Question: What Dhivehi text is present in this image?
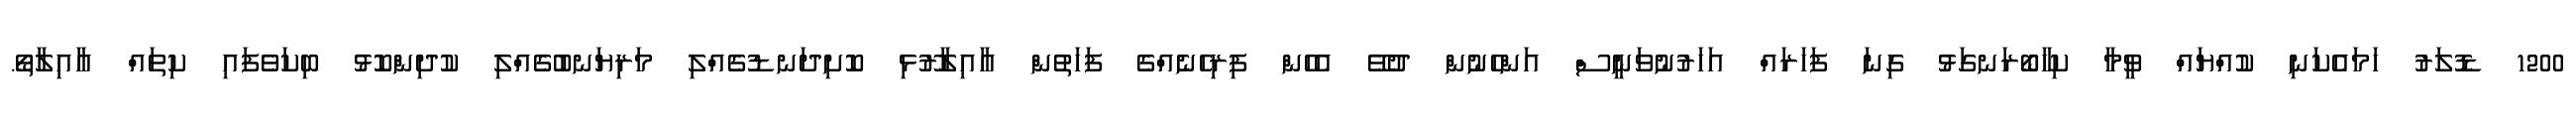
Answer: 1200 ޑޮލަރު ހަމައެކަނި ކުއްޔައް ވީމާ ކިހާބޯރަނގަޅު ގިނަ ފަހަރައް އަހަރުނުވަނީސް އަންހެނުން ދުވޭ އެހެން ފިރިހެނެއްގެ ފަހަތުން އާއިލާރޫޅި ކޮށިދަނޑުގެއްލި މަރިޔަނބުގެއްލި ކުދިންކޮޅު ބިކަވެފައި ކިތައް އާއިލާތޯ.